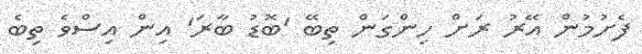
ފެށުމުން އޭރު ރަށް ހިންގަން ތިބޭ 'ބޮޑު ބާރަ' އިން އިސްވެ ތިބެ